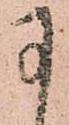
于